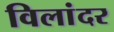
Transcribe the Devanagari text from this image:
विलांदर